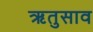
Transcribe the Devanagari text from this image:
ऋतुसाव